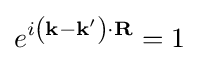
e^{i\left(\mathbf {k} -\mathbf {k^{\prime }} \right)\cdot \mathbf {R} }=1